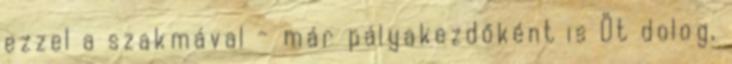
ezzel a szakmával - már pályakezdőként is Öt dolog,